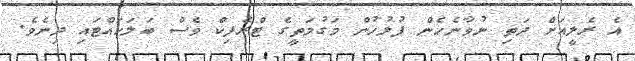
އެ ރެލީއަށް ދަތި ނުވާނެހެން ފުލުހުން މަގުމަތީގެ ޓްރެފިކް ވެސް ބަލަހައްޓައި ދިނެވެ.